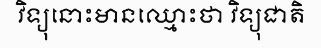
វិទ្យុនោះមានឈ្មោះថា វិទ្យុជាតិ